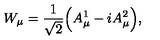
W _ { \mu } = \frac { 1 } { \sqrt { 2 } } \Big ( A _ { \mu } ^ { 1 } - i A _ { \mu } ^ { 2 } \Big ) ,